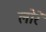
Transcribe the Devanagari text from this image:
लोरे